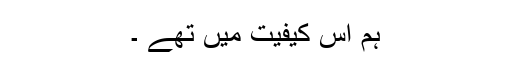
ہم اس کیفیت میں تھے ۔